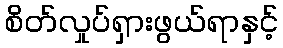
စိတ်လှုပ်ရှားဖွယ်ရာနှင့်